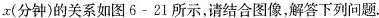
x(分钟)的关系如图6-21所示，请结合图像，解答下列问题。